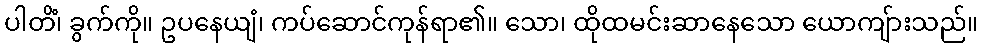
ပါတိံ၊ ခွက်ကို။ ဥပနေယျံ၊ ကပ်ဆောင်ကုန်ရာ၏။ သော၊ ထိုထမင်းဆာနေသော ယောကျ်ားသည်။